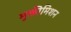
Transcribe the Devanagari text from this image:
मुक्तीमिशन